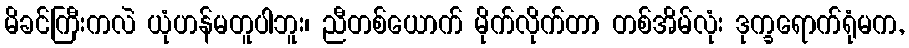
မိခင်ကြီးကလဲ ယုံဟန်မတူပါဘူး၊ ညီတစ်ယောက် မိုက်လိုက်တာ တစ်အိမ်လုံး ဒုက္ခရောက်ရုံမက,